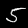
Digit: 5